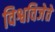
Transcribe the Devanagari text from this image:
विश्वविजेते